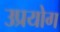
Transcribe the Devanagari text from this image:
उप्रयोग